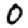
Digit: 0